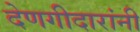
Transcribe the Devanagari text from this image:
देणगीदारांनी